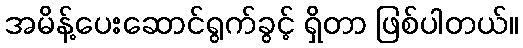
အမိန့်ပေးဆောင်ရွက်ခွင့် ရှိတာ ဖြစ်ပါတယ်။